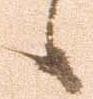
候